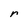
Character: r